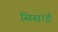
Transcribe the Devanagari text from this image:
सिसाई